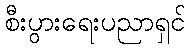
စီးပွားရေးပညာရှင်